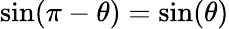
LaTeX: \sin(\pi-\theta)=\sin(\theta)